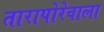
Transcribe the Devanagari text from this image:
तारापोरेवाला